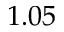
1 . 0 5